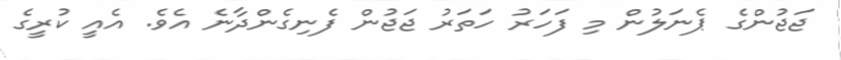
ޖަޖުންގެ ޕެނަލުން މި ފަހަރު ހަތަރު ޖަޖުން ފެނިގެންދާނެ އެވެ. އެއީ ކުރީގެ